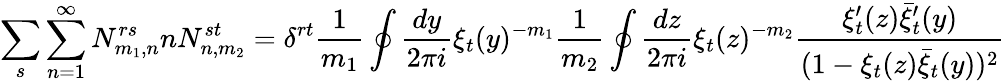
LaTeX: \sum_{s}\sum_{n=1}^{\infty}N_{m_{1},n}^{rs}nN_{n,m_{2}}^{st}=\delta^{rt}\frac{1}{m_{1}}\oint\frac{dy}{2\pi i}\xi_{t}(y)^{-m_{1}}\frac{1}{m_{2}}\oint\frac{dz}{2\pi i}\xi_{t}(z)^{-m_{2}}\frac{\xi_{t}^{\prime}(z)\bar{\xi}_{t}^{\prime}(y)}{(1-\xi_{t}(z)\bar{\xi}_{t}(y))^{2}}